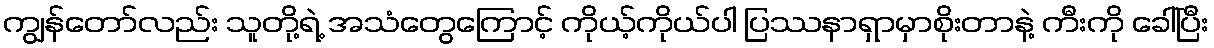
ကျွန်တော်လည်း သူတို့ရဲ့ အသံတွေကြောင့် ကိုယ့်ကိုယ်ပါ ပြဿနာရှာမှာစိုးတာနဲ့ ကီးကို ခေါ်ပြီး